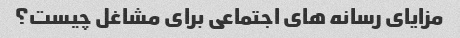
مزایای رسانه های اجتماعی برای مشاغل چیست؟